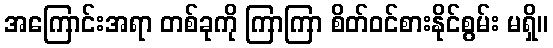
အကြောင်းအရာ တစ်ခုကို ကြာကြာ စိတ်ဝင်စားနိုင်စွမ်း မရှိ။